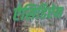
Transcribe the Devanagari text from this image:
ऐसिडिऐन